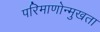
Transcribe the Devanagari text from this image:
परिमाणोन्मुखता